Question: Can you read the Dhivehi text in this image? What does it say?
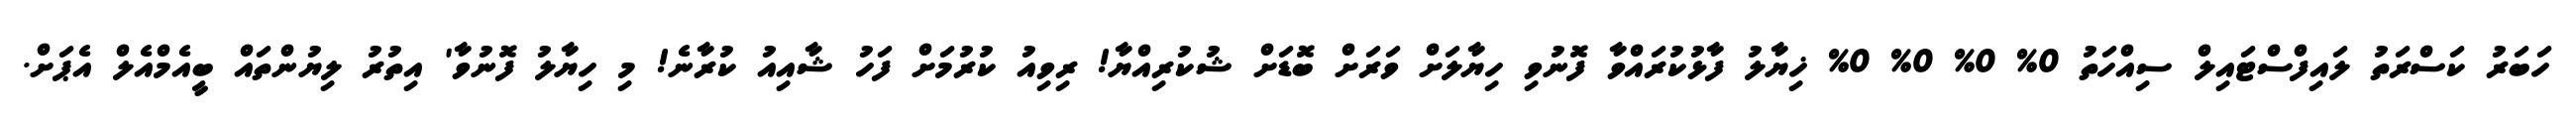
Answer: ހަބަރު ކަސްރަތު ލައިފްސްޓައިލް ސިއްހަތު 0% 0% 0% 0% ޚިޔާލު ފާޅުކުރައްވާ ފޮނުވި ހިޔާލަށް ވަރަށް ބޮޑަށް ޝުކުރިއްޔާ! ރިވިއު ކުރުމަށް ފަހު ޝާއިއު ކުރާނެ! މި ހިޔާލު ފޮނުވާ' އިތުރު ލިޔުންތައް ބީއެމްއެލް އެޕަށް.